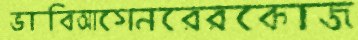
ভাবিআগেনরেরকোজ